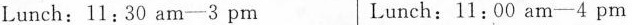
Lunch：11:30 am-3 pm Lunch：11:00 am-4 pm